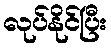
လုပ်နိုင်ပြီး